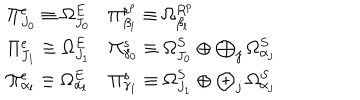
\begin{array} { l l } { { \Pi _ { J _ { 0 } } ^ { e } \equiv \Omega _ { J _ { 0 } } ^ { E } } } & { { \Pi _ { \beta _ { l } } ^ { r ^ { p } } \equiv \Omega _ { \beta _ { l } } ^ { R ^ { p } } } } \\ { { \Pi _ { J _ { 1 } } ^ { e } \equiv \Omega _ { J _ { 1 } } ^ { E } } } & { { \Pi _ { \gamma _ { 0 } } ^ { s } \equiv \Omega _ { J _ { 0 } } ^ { S } \oplus \bigoplus _ { j } \Omega _ { \alpha _ { j } } ^ { S } } } \\ { { \Pi _ { \alpha _ { l } } ^ { e } \equiv \Omega _ { \alpha _ { l } } ^ { E } } } & { { \Pi _ { \gamma _ { 1 } } ^ { s } \equiv \Omega _ { J _ { 1 } } ^ { S } \oplus \bigoplus _ { j } \Omega _ { \alpha _ { j } } ^ { S } } } \\ \end{array}